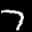
Label: 7